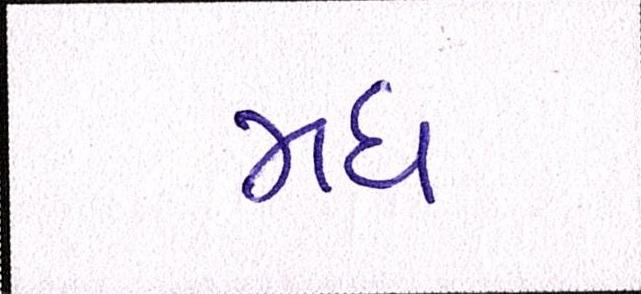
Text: મધ